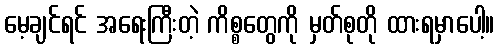
မေ့ချင်ရင် အရေးကြီးတဲ့ ကိစ္စတွေကို မှတ်စုတို ထားရမှာပေါ့။